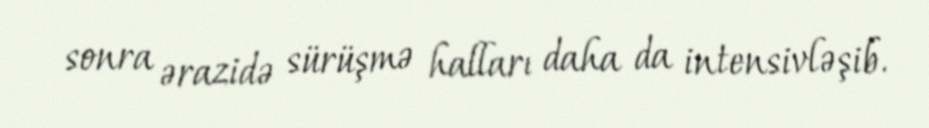
sonra ərazidə sürüşmə halları daha da intensivləşib.